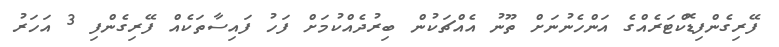
ފޭރިގެންފިޑޮކްޓަރެއްގެ އަންހެނުނަށް ތޫނު އެއްޗަކުން ބިރުދެއްކުމަށް ފަހު ފައިސާތަކެއް ފޭރިގެންފި 3 އަހަރު